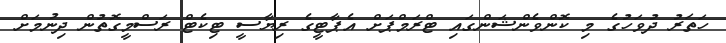
ހަތަރު ދުވަހުގެ މި ކޮންވެންޝަންގައި ޓްރަމްޕަށް އެޕާޓީގެ ރިޔާސީ ޓިކެޓް ރަސްމީގޮތުން ދިނުމަށް